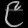
Digit: ၉